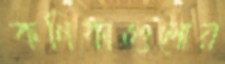
কণিকাগুলোর